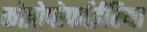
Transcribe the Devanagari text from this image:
कोप्रोपोर्फाईरिया